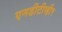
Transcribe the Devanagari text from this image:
एनडीटीव्ही९